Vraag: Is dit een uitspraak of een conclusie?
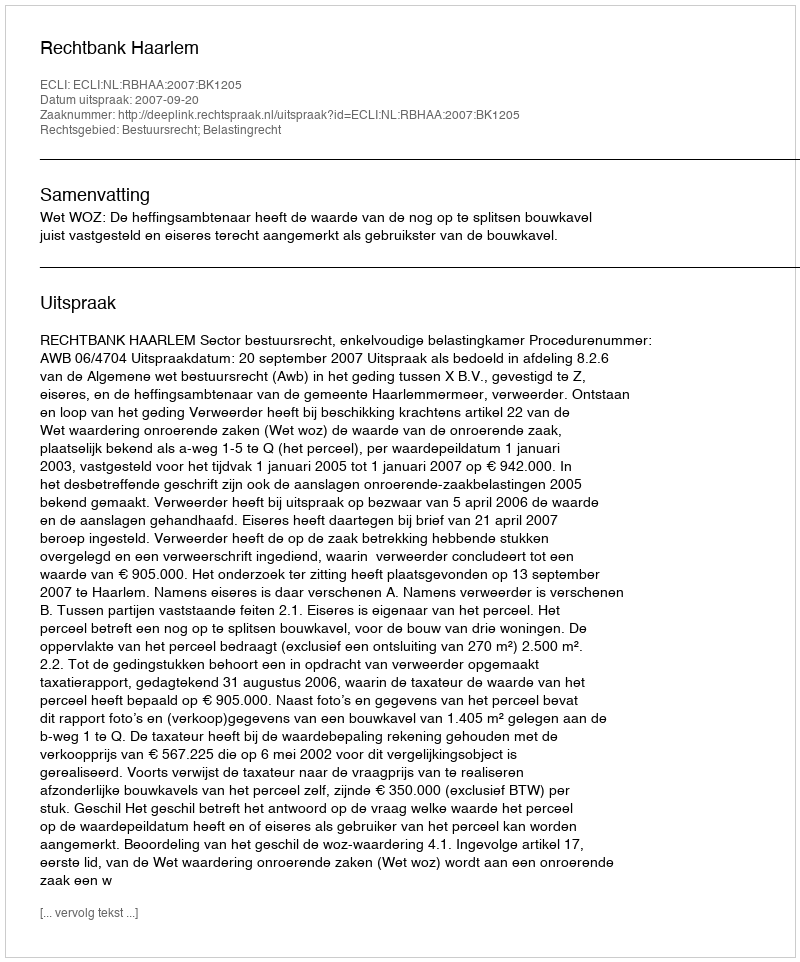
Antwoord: Uitspraak